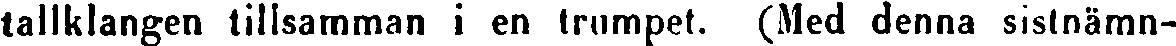
tallklangen tillsamman i en trumpet. (Med denna sistnämn-